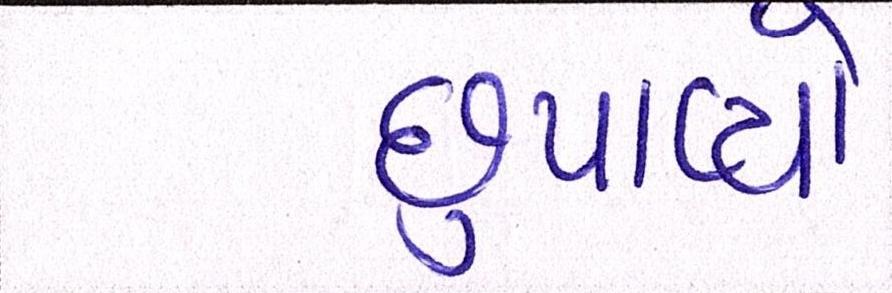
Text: છુપાવ્યો